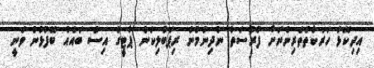
އިދިކޮޅު ހަރަކާތްތެރިންނަށް ފުރުސަތު ނުދިނުމުން ރިޕަބްލިކަން ޕާޓީގެ އިސް ބައެއް ބޭފުޅުން ވަނީ